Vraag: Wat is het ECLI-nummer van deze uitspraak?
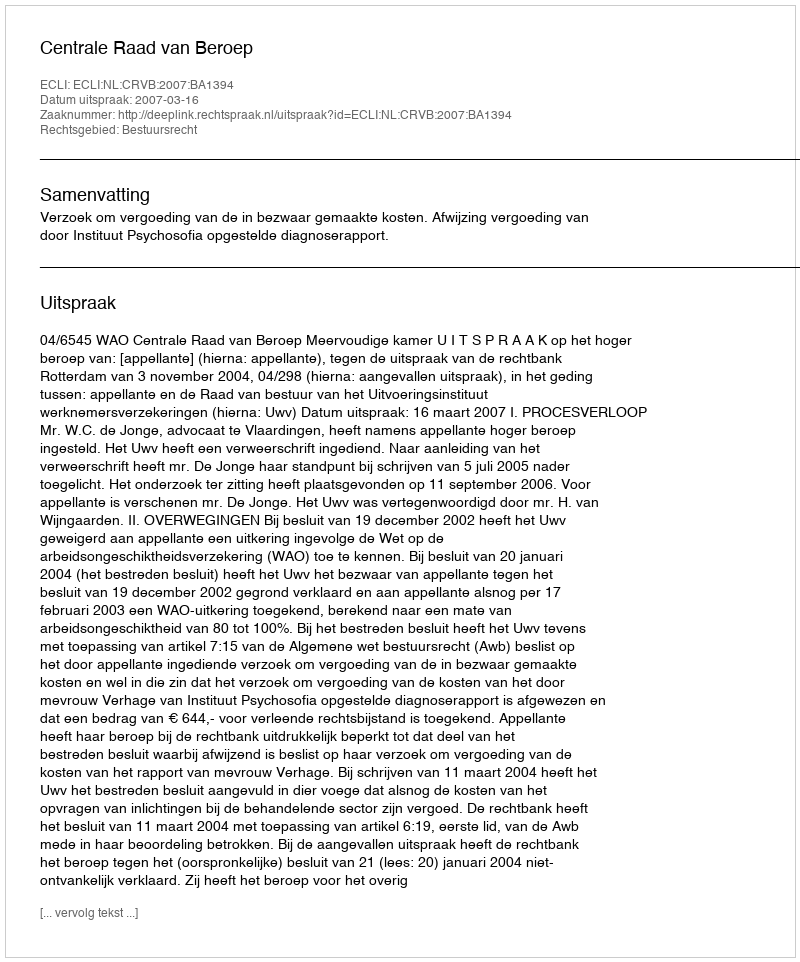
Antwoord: ECLI:NL:CRVB:2007:BA1394